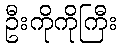
ဦးကိုကိုကြီး